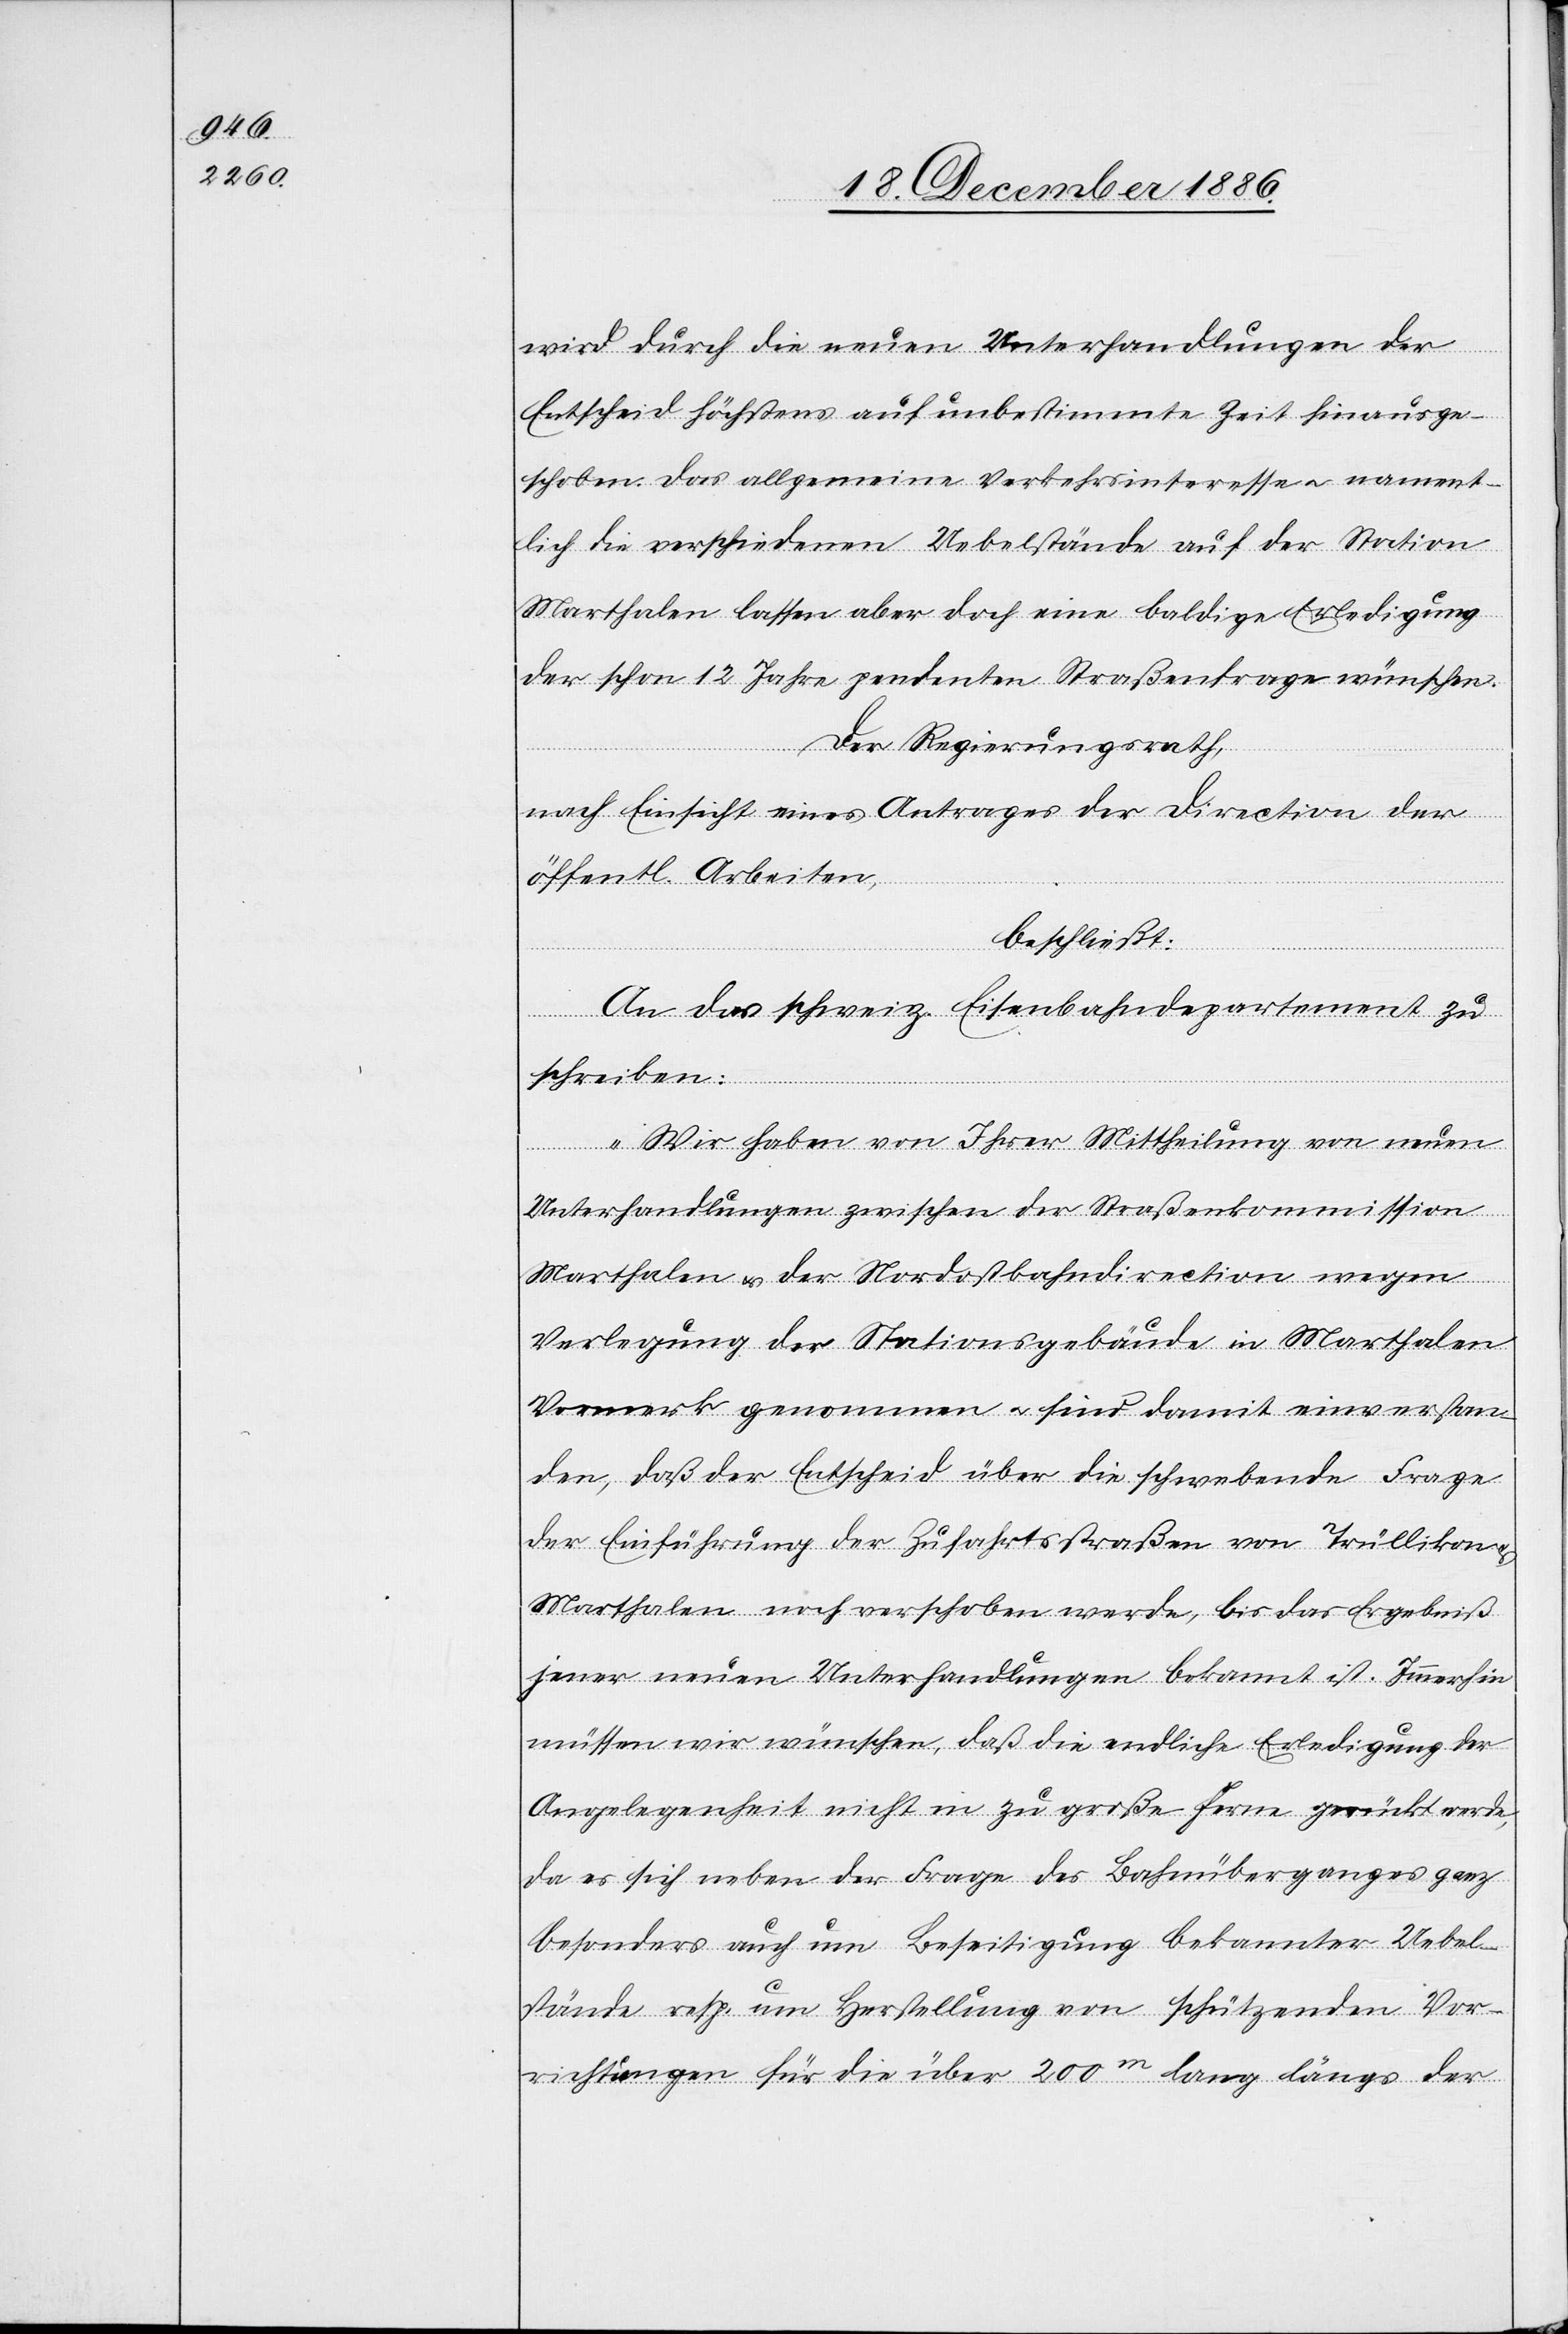
wird durch die neuen Unterhandlungen der
Entscheid höchstens auf unbestimmte Zeit hinausge¬
schoben. Das allgemeine Verkehrsinteresse & nament¬
lich die verschiedenen Uebelstände auf der Station
Marthalen lassen aber doch eine baldige Erledigung
der schon 12 Jahre pendenten Straßenfrage wünschen.
Der Regierungsrath,
nach Einsicht eines Antrages der Direction der
öffentl. Arbeiten,
beschließt:
An das schweiz. Eisenbahndepartement zu
schreiben:
„Wir haben von Ihrer Mittheilung von neuen
Unterhandlungen zwischen der Straßenkommission
Marthalen & der Nordostbahndirection wegen
Verlegung der Stationsgebäude in Marthalen
Vormerk genommen & sind damit einverstan¬
den, daß der Entscheid über die schwebende Frage
der Einführung der Zufahrtsstraßen von Trüllikon &
Marthalen noch verschoben werde, bis das Ergebniß
jener neuen Unterhandlungen bekannt ist. Immerhin
müssen wir wünschen, daß die endliche Erledigung der
Angelegenheit nicht in zu große Form gerückt werde,
da es sich neben der Frage des Bahnüberganges ganz
besonders auch um Beseitigung bekannter Uebel¬
stände resp. um Herstellung von schützenden Vor¬
richtungen für die über 200m lang längs der